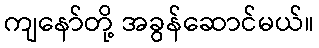
ကျနော်တို့ အခွန်ဆောင်မယ်။